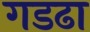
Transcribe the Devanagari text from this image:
गडढा